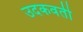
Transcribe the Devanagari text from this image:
उदकवती